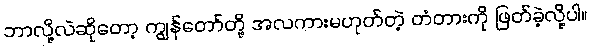
ဘာလို့လဲဆိုတော့ ကျွန်တော်တို့ အလကားမဟုတ်တဲ့ တံတားကို ဖြတ်ခဲ့လို့ပါ။